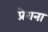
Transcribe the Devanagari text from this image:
प्रेराना